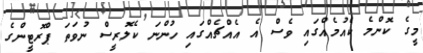
މީގެ ކޮންމެ ކެއުމެއްގައި ވެސް އެ އެއްޗެއްގައި ހުންނަ ކެލޮރީސް ނުވަތަ ޕްރޮޓީންގެ